Vaccination in Bombay 1874-1876 - 1874-1876
Year: 1874
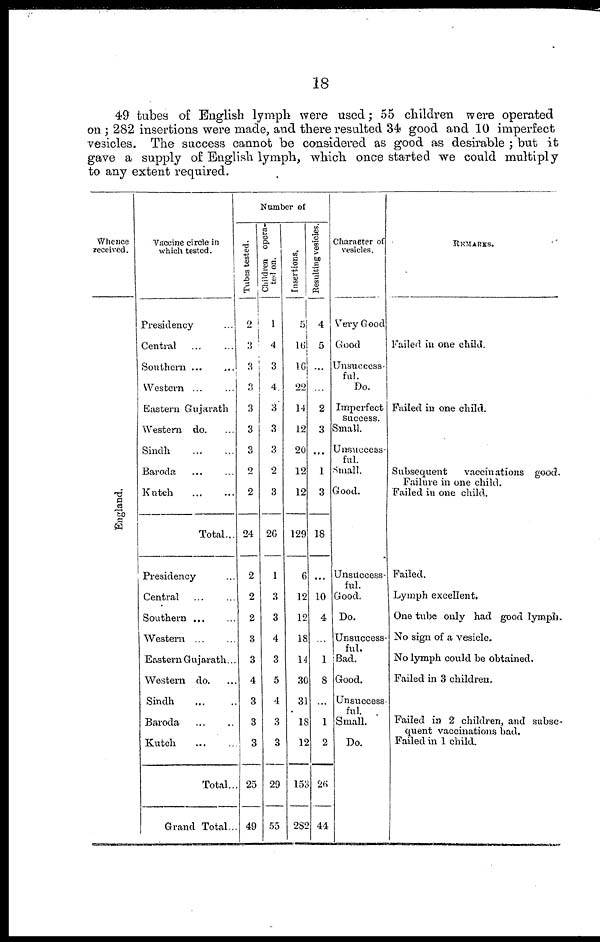
18
49 tubes of English lymph were used; 55 children were operated
on ; 282 insertions were made, and there resulted 34 good and 10 imperfect
vesicles. The success cannot be considered as good as desirable ; but it
gave a supply of English lymph, which once started we could multiply
to any extent required.
Whence
received.
England.
Vaccine circle in
which tested.
Presidency ...
Central ... ...
Southern
...
...
Western
...
...
Eastern Gujarath
Western do. ...
Sindh
...
...
Baroda ... ...
Kutch
...
...
Total...
Presidency ...
Central ... ...
Southern ... ...
Western ... ...
Eastern Gujarath...
Western do. ...
Sindh ... ...
Baroda
...
...
Kutch
...
...
Total...
Grand Total...
Number of
Tubes tested.
2
3
3
3
3
3
3
2
2
24
2
2
2
3
3
4
3
3
3
25
49
Children opera-
ted on.
1
4
3
4
3
3
3
2
3
26
1
3
3
4
3
5
4
3
3
29
55
Insertions.
5
16
16
22
14
12
20
12
12
129
6
12
12
18
14
30
31
18
12
153
282
Resulting vesicles.
4
5
...
...
2
3
...
1
3
18
...
10
4
...
1
8
...
1
2
26
44
Character of
vesicles.
Very Good
Good
Unsuccess-
ful.
Do.
Imperfect
success.
Small.
Unsuccess-
ful.
Small.
Good.
Unsuccess-
ful.
Good.
Do.
Unsuccess-
ful.
Bad.
Good.
Unsuccess-
ful.
Small.
Do.
REMARKS.
Failed in one child.
Failed in one child.
Subsequent
vaccinations good.
Failure in one child.
Failed in one child.
Failed.
Lymph excellent.
One tube only had good lymph.
No sign of a vesicle.
No lymph could be obtained.
Failed in 3 children.
Failed in 2 children, and subse-
quent vaccinations bad.
Failed in 1 child.